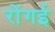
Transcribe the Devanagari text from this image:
रोंगई